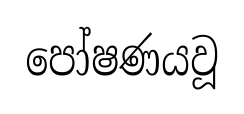
පෝෂණයවූ